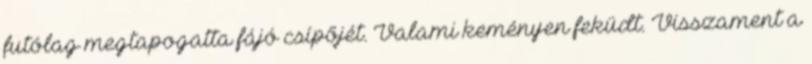
futólag megtapogatta fájó csípőjét. Valami keményen feküdt. Visszament a